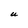
Character: U